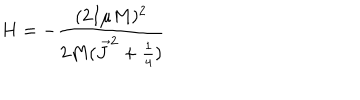
LaTeX: H = - \frac { ( 2 I \mu M ) ^ { 2 } } { 2 M ( \vec { J } ^ { 2 } + \frac { 1 } { 4 } ) }